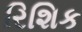
રિશિક